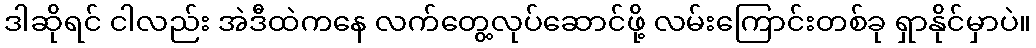
ဒါဆိုရင် ငါလည်း အဲဒီထဲကနေ လက်တွေ့လုပ်ဆောင်ဖို့ လမ်းကြောင်းတစ်ခု ရှာနိုင်မှာပဲ။